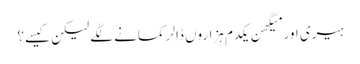
ہیری اور میگھن یکدم ہزاروں ڈالر کمانے لگے لیکن کیسے؟